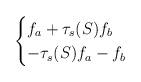
LaTeX: \begin{align*} \begin{cases} f_a + \tau_s(S) f_b & \\ -\tau_s(S)f_a - f_b & \end{cases}\end{align*}